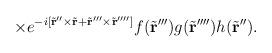
LaTeX: \begin{align*}\times e^{-{i} [\tilde{\bf r} '' \times\tilde{\bf r} + \tilde{\bf r} ''' \times \tilde{\bf r} '''']} f(\tilde{\bf r} ''') g(\tilde{\bf r} '''') h (\tilde{\bf r} '').\end{align*}